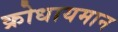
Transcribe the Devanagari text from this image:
क्रोधायमान